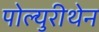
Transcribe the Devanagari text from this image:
पोल्युरीथेन